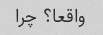
واقعا؟ چرا